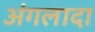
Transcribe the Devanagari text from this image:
अंगलादा